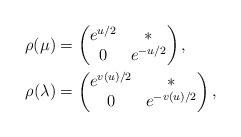
LaTeX: \begin{align*} \rho(\mu)&=\begin{pmatrix}e^{u/2}&\ast\\0&e^{-u/2}\end{pmatrix}, \\ \rho(\lambda)&=\begin{pmatrix}e^{v(u)/2}&\ast\\0&e^{-v(u)/2}\end{pmatrix},\end{align*}